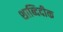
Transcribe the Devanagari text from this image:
शाब्दिदीक